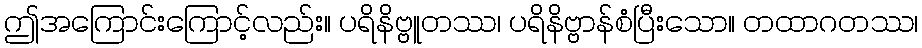
ဤအကြောင်းကြောင့်လည်း။ ပရိနိဗ္ဗူတဿ၊ ပရိနိဗ္ဗာန်စံပြီးသော။ တထာဂတဿ၊